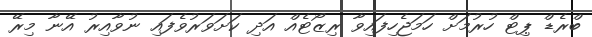
ބްރެޑް ޕިޓް ހުރުމަށް ހަމަޖެހިފައިވާ ރިޒޯޓެއް އަދި ކަށަވަރުވެފައި ނުވާއިރު އޭނާ މިރޭ